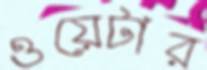
ওয়েটার